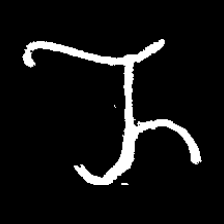
Pyu character \u2014 Myanmar letter: ည (romanized: nya)